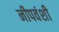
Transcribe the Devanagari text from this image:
नीपवंशी